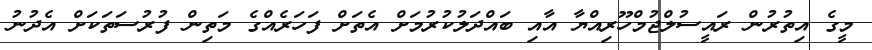
މީގެ އިތުރުން ރައީސުލްޖުމްހޫރިއްޔާ އާއި ބައްދަލުކުރުމަށް އެތަށް ފަހަރެއްގެ މަތިން ފުރުސަތަކަށް އެދުނު